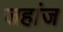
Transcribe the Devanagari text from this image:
जहांज